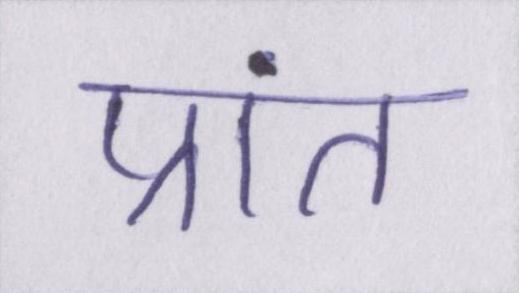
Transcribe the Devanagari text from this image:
प्रांत